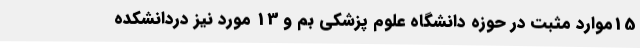
15موارد مثبت در حوزه دانشگاه علوم پزشکی بم و 13 مورد نیز دردانشکده